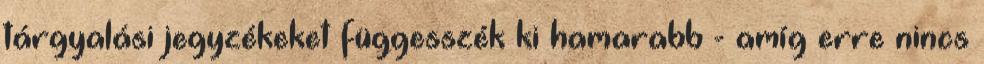
tárgyalási jegyzékeket függesszék ki hamarabb - amíg erre nincs